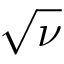
\sqrt { \nu }